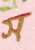
স